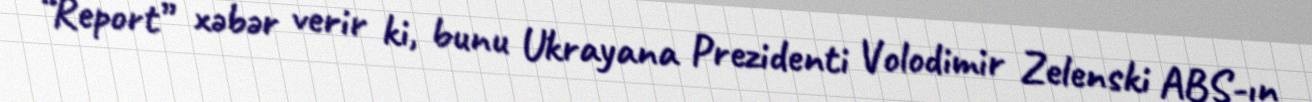
“Report” xəbər verir ki, bunu Ukrayana Prezidenti Volodimir Zelenski ABŞ-ın